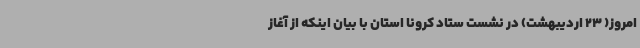
امروز( 23 اردیبهشت‌) در نشست ستاد کرونا استان با بیان اینکه از آغاز